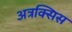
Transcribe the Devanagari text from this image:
अत्रक्सिस